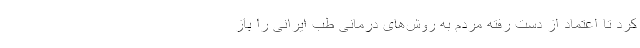
کرد تا اعتماد از دست رفته مردم به روش‌های درمانی طب ایرانی را باز